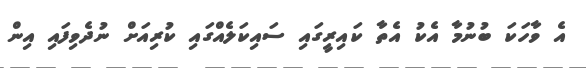
އެ ވާހަކަ ބުނުމާ އެކު އެތާ ކައިރީގައި ސައިކަލެއްގައި ކުރިއަށް ނުދެވިފައި އިން